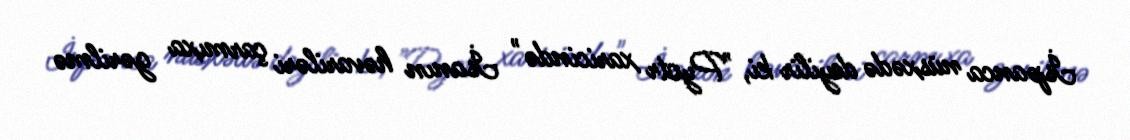
İspanca nüsxədə deyilir ki, "Pyotr xaricində" İsanın həvariləri çarmıxa gərilmə